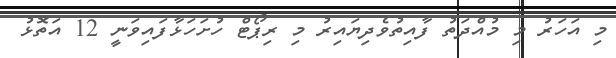
މި އަހަރު މި މުއްދަތު ފާއިތުވެދިޔައިރު މި ރިޕޯޓް ހުށަހަޅާފައިވަނީ 12 އަތޮޅު